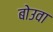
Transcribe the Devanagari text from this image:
बोउवा